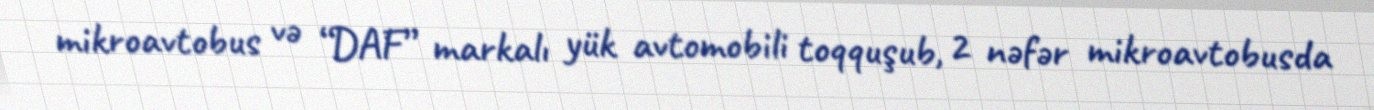
mikroavtobus və “DAF” markalı yük avtomobili toqquşub, 2 nəfər mikroavtobusda